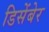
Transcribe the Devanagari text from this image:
डिसेंबेर